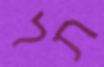
תל